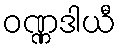
ဝဏ္ဏဒါယီ